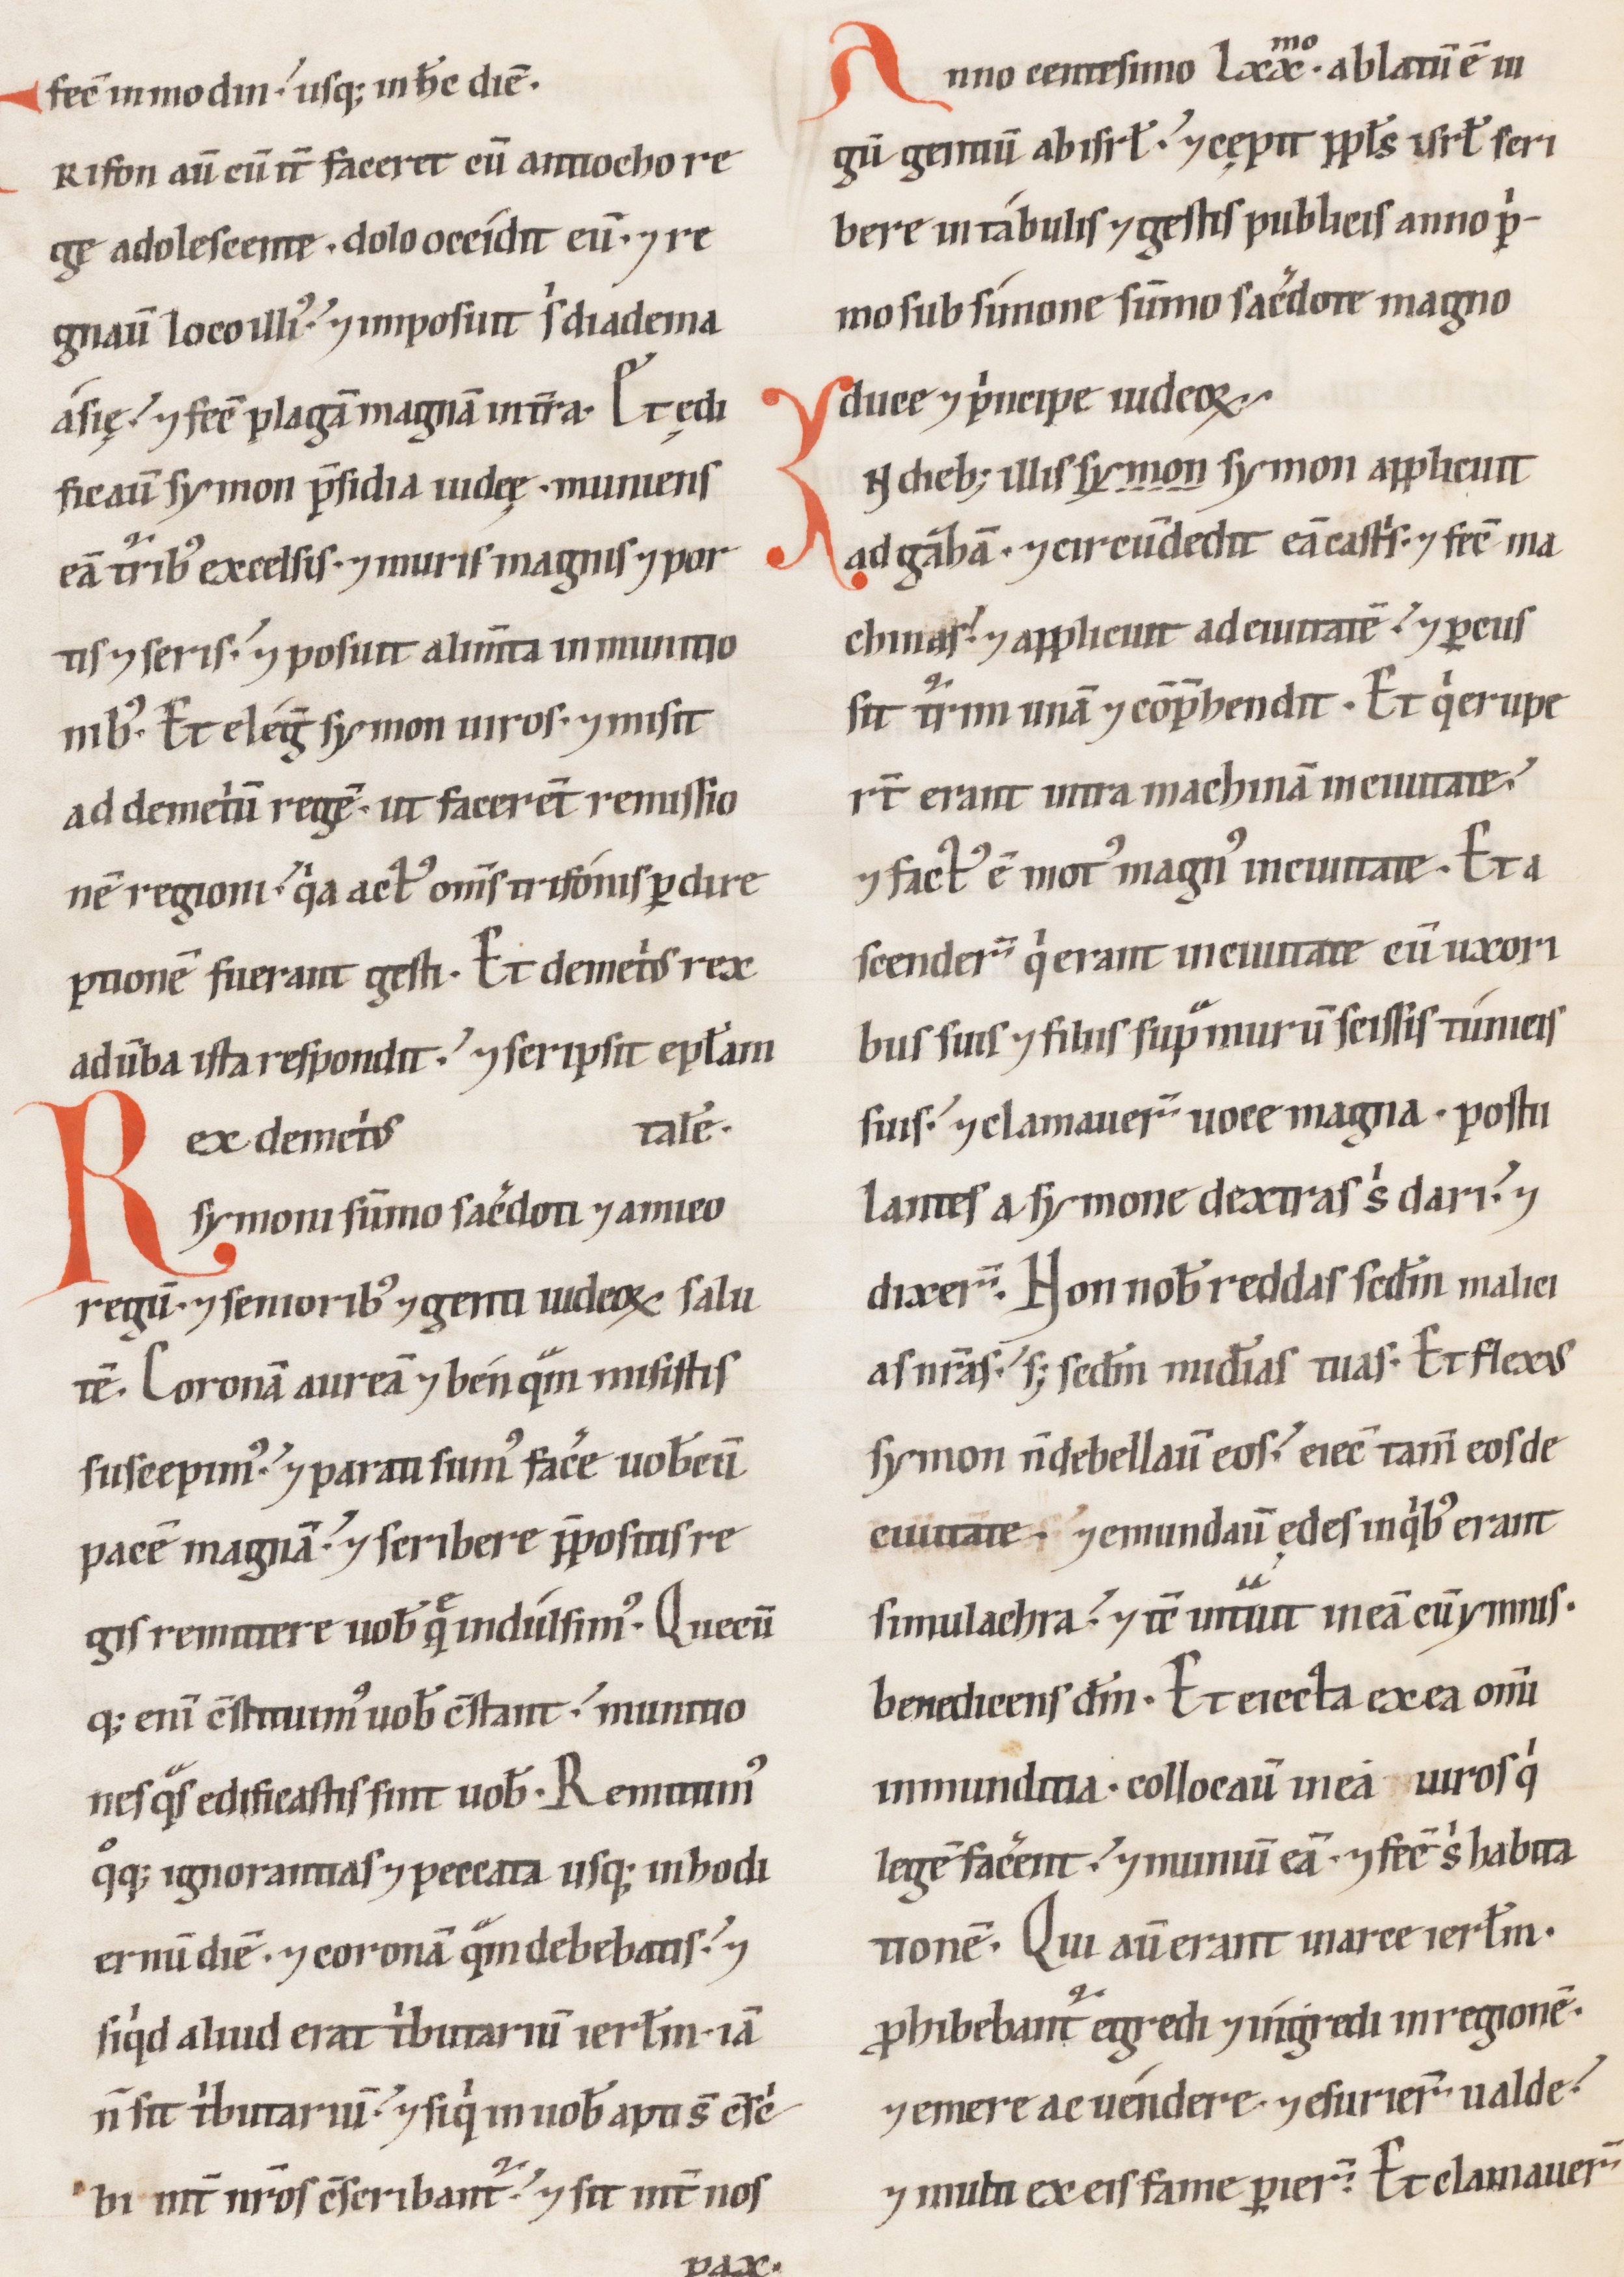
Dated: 1100–1199